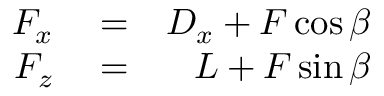
\begin{array} { r l r } { F _ { x } } & { { } = } & { D _ { x } + F \cos \beta } \\ { F _ { z } } & { { } = } & { L + F \sin \beta } \end{array}